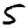
Digit: 5